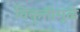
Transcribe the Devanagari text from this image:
विकृतीमुळे